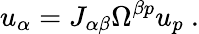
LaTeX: u_{\alpha}=J_{\alpha\beta}\Omega^{\beta p}u_{p}\ .